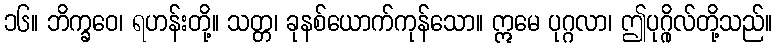
၁၆။ ဘိက္ခဝေ၊ ရဟန်းတို့။ သတ္တ၊ ခုနစ်ယောက်ကုန်သော။ ဣမေ ပုဂ္ဂလာ၊ ဤပုဂ္ဂိုလ်တို့သည်။